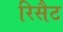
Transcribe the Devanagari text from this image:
रिसैट